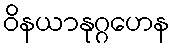
ဝိနယာနုဂ္ဂဟေန